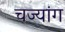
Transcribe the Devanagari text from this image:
चज्यांग